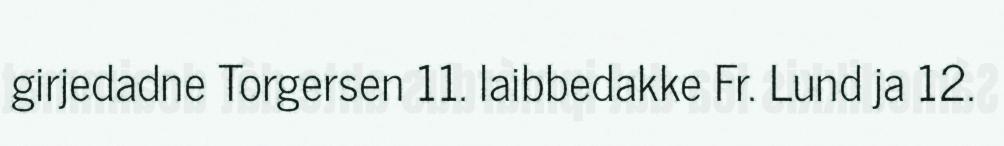
girjedadne Torgersen 11. laibbedakke Fr. Lund ja 12.